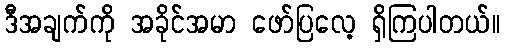
ဒီအချက်ကို အခိုင်အမာ ဖော်ပြလေ့ ရှိကြပါတယ်။